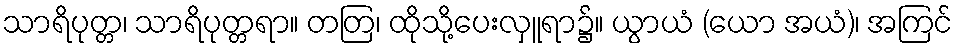
သာရိပုတ္တ၊ သာရိပုတ္တရာ။ တတြ၊ ထိုသို့ပေးလှူရာ၌။ ယွာယံ (ယော အယံ)၊ အကြင်